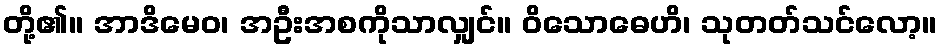
တို့၏။ အာဒိမေဝ၊ အဦးအစကိုသာလျှင်။ ဝိသောဓေဟိ၊ သုတတ်သင်လော့။